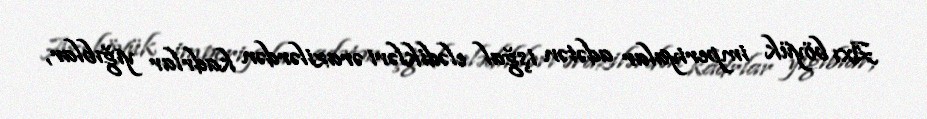
Axı böyük imperiyalar adətən işğal elədikləri ərazilərdən kadrlar yığıblar,